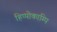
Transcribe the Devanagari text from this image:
हिप्पोकाम्पि